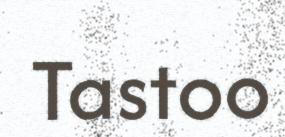
Tastoo